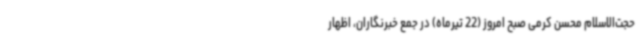
حجت‌الاسلام محسن کرمی صبح امروز (22 تیرماه) در جمع خبرنگاران، اظهار